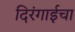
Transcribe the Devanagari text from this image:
दिरंगाईचा